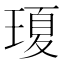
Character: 𤧶